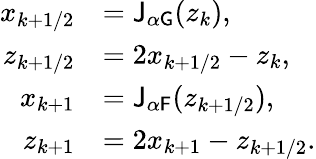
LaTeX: \begin{array}{rl}{x_{k+1/2}}&{=\mathsf{J}_{\alpha\mathsf{G}}(z_{k}),}\\ {z_{k+1/2}}&{=2x_{k+1/2}-z_{k},}\\ {x_{k+1}}&{=\mathsf{J}_{\alpha\mathsf{F}}(z_{k+1/2}),}\\ {z_{k+1}}&{=2x_{k+1}-z_{k+1/2}.}\end{array}